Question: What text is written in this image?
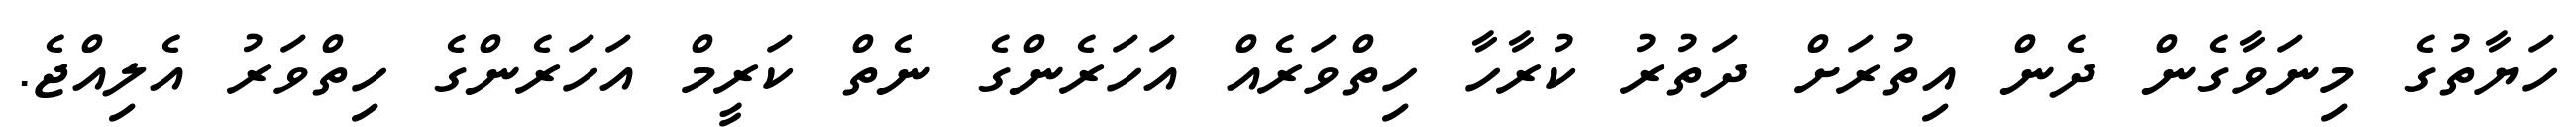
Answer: ހަޔާތުގެ މިނަވާގެން ދެން އިތުރަށް ދަތުރު ކުރާހާ ހިތްވަރެއް އަހަރެންގެ ނެތް ކަރީމް އަހަރެންގެ ހިތްވަރު އެލިއްޖެ.